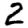
Digit: 2